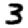
Digit: 3